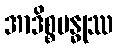
အာဒိစ္စဗန္ဓုဿ